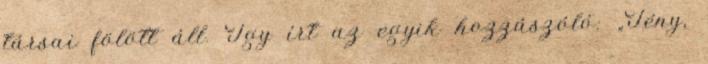
társai fölött áll. Így írt az egyik hozzászóló: „Tény,